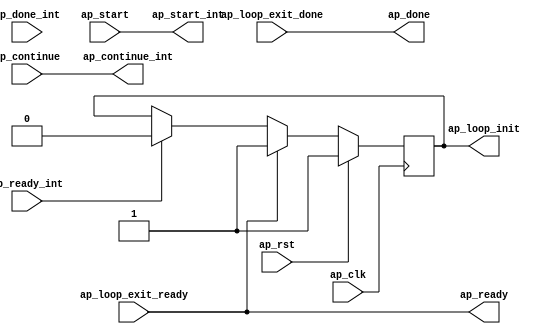
// ==============================================================
// Vitis HLS - High-Level Synthesis from C, C++ and OpenCL v2022.2 (64-bit)
// Tool Version Limit: 2019.12
// Copyright 1986-2022 Xilinx, Inc. All Rights Reserved.
// ==============================================================

`timescale 1 ns / 1 ps

module kernel3_flow_control_loop_pipe(
        ap_clk,
        ap_rst,
        ap_start,
        ap_ready,
        ap_done,
        ap_continue,
        ap_start_int,
        ap_ready_int,
        ap_done_int,
        ap_continue_int,
        ap_loop_init,
        ap_loop_exit_ready,
        ap_loop_exit_done
);

input   ap_clk;
input   ap_rst;

//Block level handshake with outside loop
input   ap_start;
output  ap_ready;
output  ap_done;
input   ap_continue;

//Block level handshake with loop body
output  ap_start_int;
input   ap_ready_int;
input   ap_done_int;
output  ap_continue_int;

//Init live in variables
output   ap_loop_init;
reg ap_loop_init;

//Exit signal from loop body
input   ap_loop_exit_ready;
input   ap_loop_exit_done;

// power-on initialization
initial begin
#0 ap_loop_init = 1'b1;
end

assign ap_start_int = ap_start;

assign ap_continue_int = ap_continue;

assign ap_done = ap_loop_exit_done;

assign ap_ready = ap_loop_exit_ready;

//ap_loop_init is valid for the first II
//of the first loop run so as to enable
//the init block ops which are pushed into
//the first state of the pipeline region
always @ (posedge ap_clk)
begin
    if (ap_rst == 1'b1) begin
        ap_loop_init <= 1'b1;
    end else if(ap_loop_exit_ready == 1'b1) begin
        ap_loop_init <= 1'b1;
    end else if(ap_ready_int == 1'b1) begin
        ap_loop_init <= 1'b0;
    end
end

endmodule